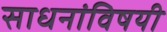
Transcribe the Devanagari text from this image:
साधनांविषयी